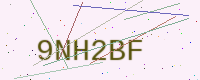
Text: 9NH2BF